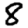
Digit: 8